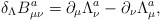
\begin{align*}\delta _\Lambda B_{\mu \nu }^a=\partial _\mu \Lambda _\nu ^a-\partial _\nu\Lambda _\mu ^a, \end{align*}